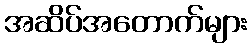
အဆိပ်အတောက်များ